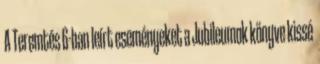
A Teremtés 6-ban leírt eseményeket a Jubileumok könyve kissé